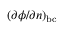
( { \partial \phi } / { \partial n } ) _ { \mathrm { b c } }